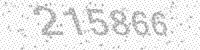
Solution: 215866